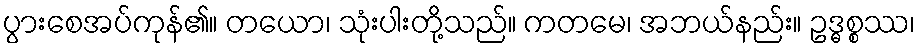
ပွားစေအပ်ကုန်၏။ တယော၊ သုံးပါးတို့သည်။ ကတမေ၊ အဘယ်နည်း။ ဥဒ္ဓစ္စဿ၊